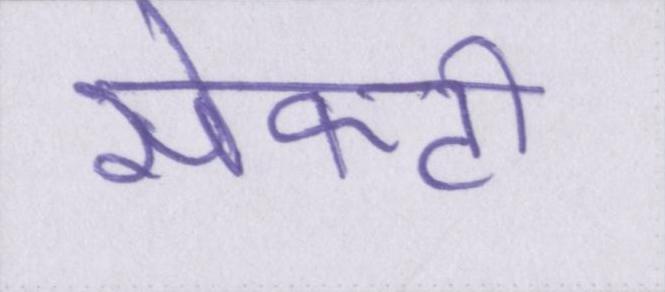
सेफ्टी